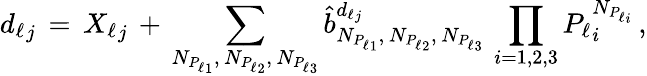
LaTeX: {d_{\ell}}_{j}\, =\, {X_{\ell}}_{j}\, +\, \sum_{N_{{P_{\ell}}_{1}},\, N_{{P_{\ell}}_{2}},\, N_{{P_{\ell}}_{3}}}\hat{b}_{N_{{P_{\ell}}_{1}},\, N_{{P_{\ell}}_{2}},\, N_{{P_{\ell}}_{3}}}^{{d_{\ell}}_{j}}\, \prod_{i=1,2,3}{P_{\ell}}_{i}^{N_{{P_{\ell}}_{i}}}\, ,